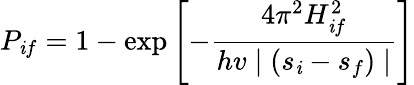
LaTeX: P_{\mathit{i}f}=1-\exp\left[-{\frac{{4\pi^{2}{H_{\mathit{i}f}^{2}}}}{{hv\mid(s_{\mathit{i}}-s_{f})\mid}}}\right]